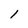
Character: l